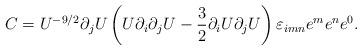
LaTeX: \begin{align*}C=U^{-9/2}\partial_jU\left(U\partial_i\partial_jU-{3\over2}\partial_iU\partial_jU\right)\varepsilon_{imn} e^m e^n e^0.\end{align*}